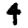
Digit: 4